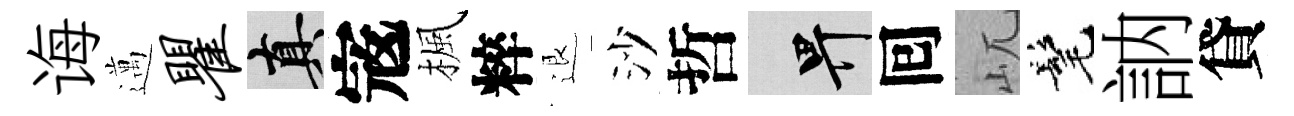
诲邁瞿真𡨥楓粹退沙哲畀囘屼髦訥貸